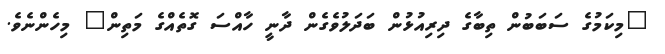
"މިކަމުގެ ސަބަބުން ތިބާގެ ދިރިއުޅުން ބަދަލުވެގެން ދާނީ ހާއްސަ ގޮތެއްގެ މަތިން" މިހެންނެވެ.